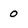
Character: o